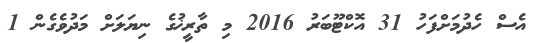
އެސް ހެދުމަށްފަހު 31 އޮކްޓޫބަރު 2016 މި ތާރީޚުގެ ނިޔަލަށް މަދުވެގެން 1